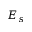
E _ { s }